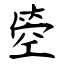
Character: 箜